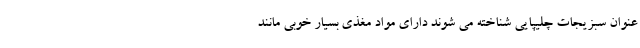
عنوان سبزیجات چلیپایی شناخته می شوند دارای مواد مغذی بسیار خوبی مانند